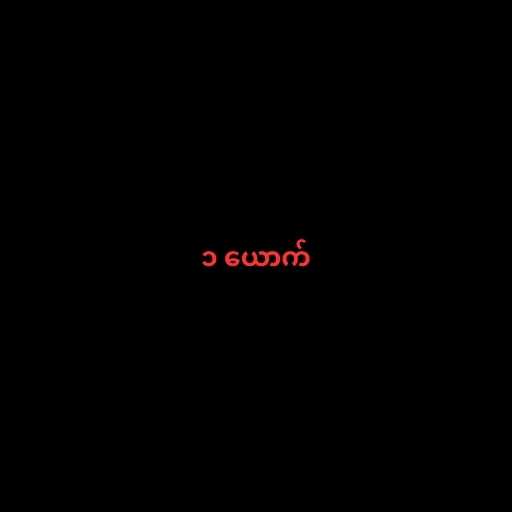
၁ ယောက်